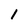
Character: 1